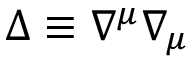
\Delta \equiv \nabla ^ { \mu } \nabla _ { \mu }